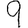
Digit: 9